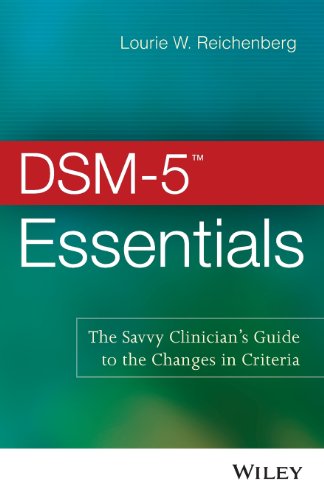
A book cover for DSM-5 Essentials: The Savvy Clinician's Guide to the Changes in Criteria; Lourie W. Reichenberg; Medical Books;